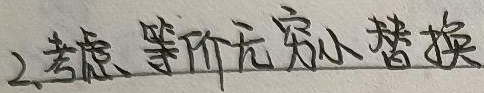
2.考虑等价无穷小替换